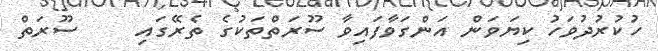
ހުކުރުދުވަހު ކިޔަވަން އަންގަވާފައިވާ ސޫރަތްތަކުގެ ތެރޭގައި     ސޫރަތް